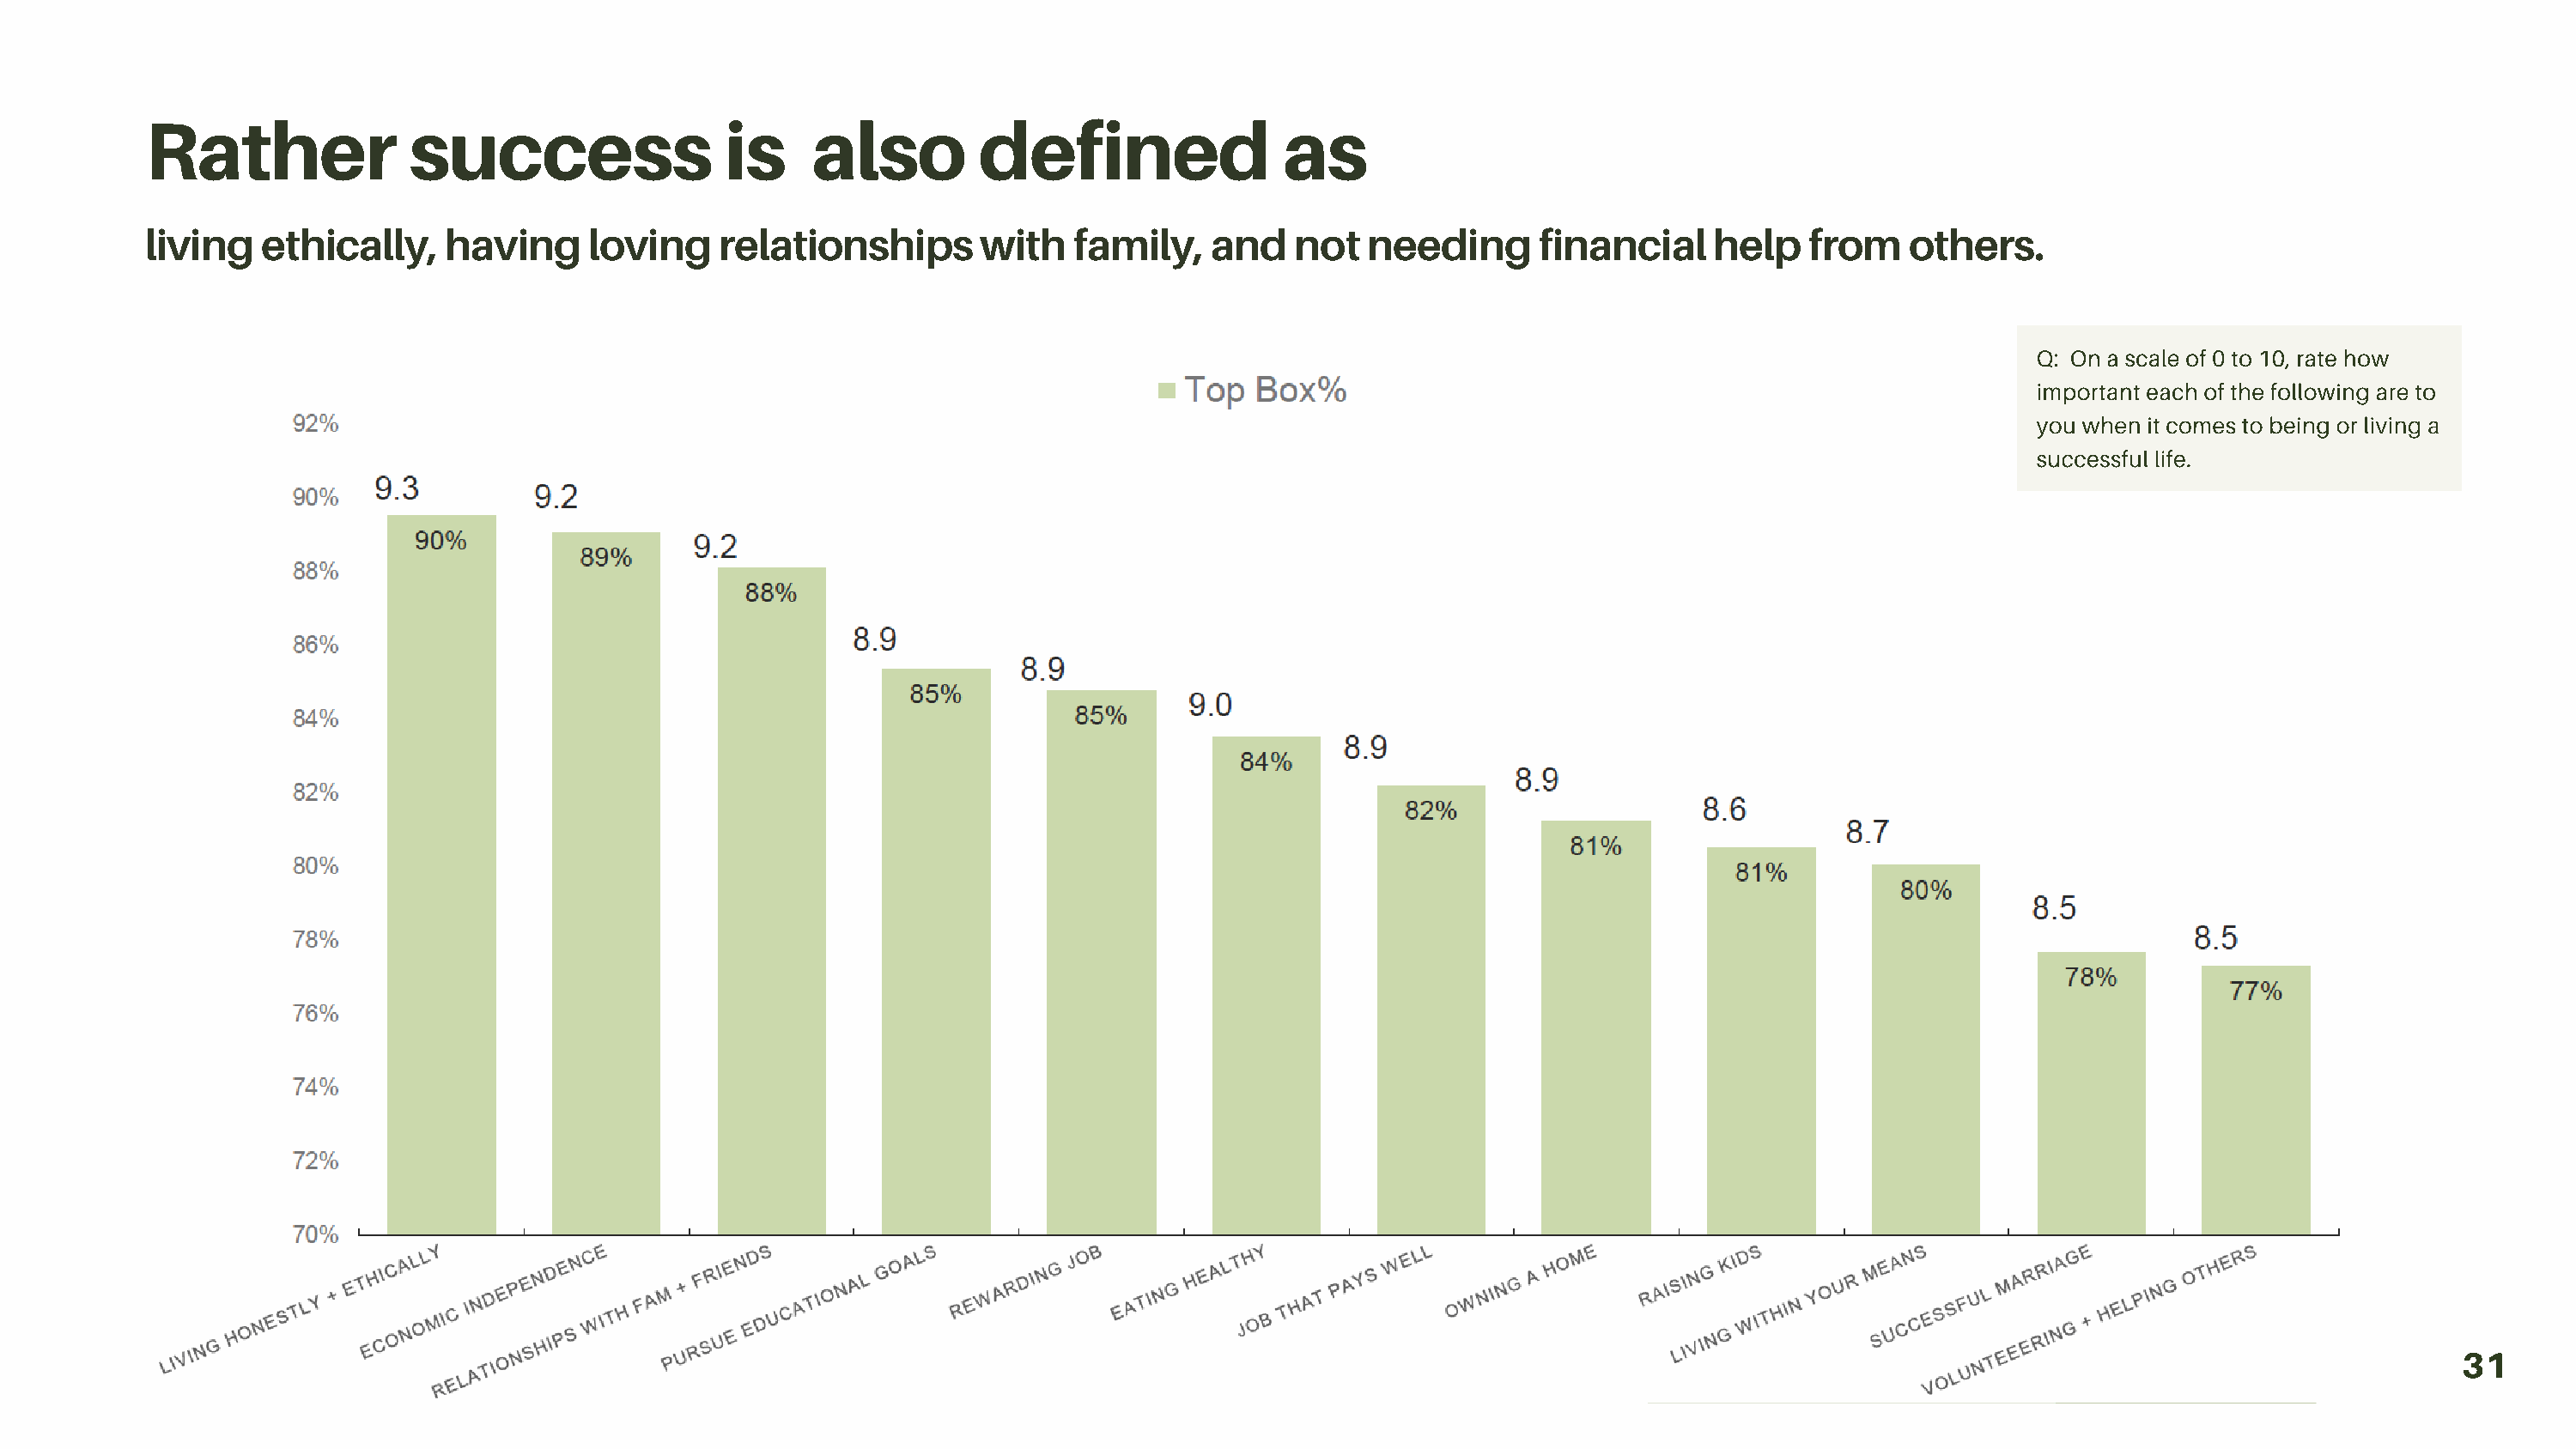
Rather               success                 is     also        defined                 as
 living   ethically,    having     loving    relationships        with   family,   and    not  needing       financial    help   from    others.
 Q: On a scale of 0 to 10, rate how
 important each of the following are to
 you when it comes to being or living a
 successful life.
 31